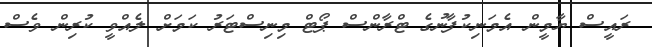
ރައީސް ޔާމީން އެމަނިކުފާނުގެ ޓްރާންސް ޕޯޓް މިނިސްޓަރު ކަމަށް ލެއްވީ ކުރިން ވެސް